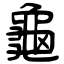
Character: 龜